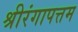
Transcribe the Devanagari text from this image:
श्रीरंगापत्तम